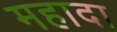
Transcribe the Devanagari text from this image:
महादा